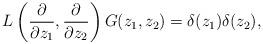
LaTeX: \begin{align*}L\left(\frac{\partial}{\partial z_1}, \frac{\partial}{\partial z_2}\right)G(z_1, z_2) = \delta(z_1) \delta(z_2),\end{align*}